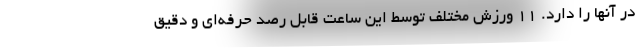
در آنها را دارد. 11 ورزش مختلف توسط این ساعت قابل رصد حرفه‌ای و دقیق